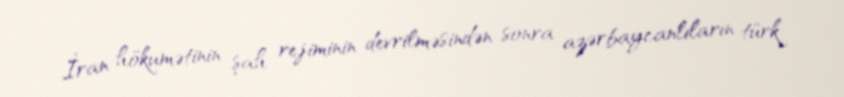
İran hökumətinin şah rejiminin devrilməsindən sonra azərbaycanlıların türk